Lunatic asylums Punjab 1868-1880 - 1868-1880
Year: 1868
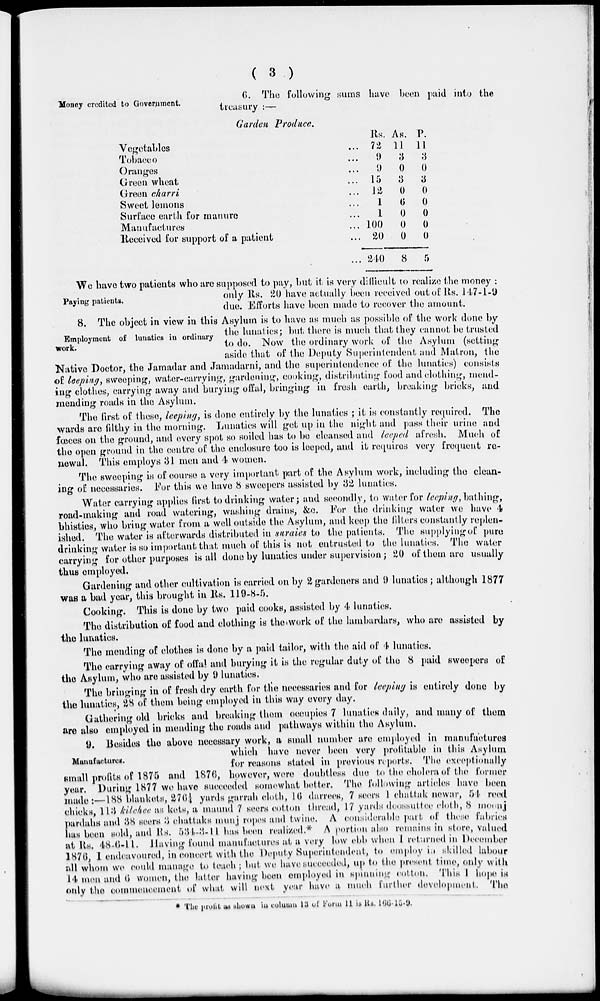
( 3 )
Money credited to Government.
6. The following sums have been paid into the
treasury :—
Garden Produce.
Vegetables ...
Tobacco ...
Oranges ...
Green wheat ...
Green charri ...
Sweet lemons ...
Surface earth for manure ...
Manufactures ...
Received for support of a patient ...
...
Rs.
72
9
9
15
12
1
1
100
20
240
As.
11
3
0
3
0
6
0
0
0
8
P.
11
3
0
3
0
0
0
0
0
5
Paying patients.
We have two patients who are supposed to pay, but it is very difficult to realize the money :
only Rs. 20 have actually been received out of Rs. 147-1-9
due. Efforts have been made to recover the amount.
Employment of lunatics in ordinary
work.
8. The object in view in this Asylum is to have as much as possible of the work done by
the lunatics; but there is much that they cannot be trusted
to do. Now the ordinary work of the Asylum (setting
aside that of the Deputy Superintendent and Matron, the
Native Doctor, the Jamadar and Jamadarni, and the superintendence of the lunatics) consists
of leeping, sweeping, water-carrying, gardening, cooking, distributing food and clothing, mend-
ing clothes, carrying away and burying offal, bringing in fresh earth, breaking bricks, and
mending roads in the Asylum.
The first of these, leeping, is done entirely by the lunatics ; it is constantly required. The
wards are filthy in the morning. Lunatics will get up in the night and pass their urine and
fœsces on the ground, and every spot so soiled has to be cleansed and leeped afresh. Much of
the open ground in the centre of the enclosure too is leeped, and it requires very frequent re-
newal. This employs 31 men and 4 women.
The sweeping is of course a very important part of the Asylum work, including the clean-
ing of necessaries. For this we have 8 sweepers assisted by 32 lunatics.
Water carrying applies first to drinking water; and secondly, to water for leeping, bathing,
road-making and road watering, washing drains, &c. For the drinking water we have 4
bhisties, who bring water from a well outside the Asylum, and keep the filters constantly replen-
ished. The water is afterwards distributed in suraies to the patients. The supplying of pure
drinking water is so important that much of this is not entrusted to the lunatics. The water
carrying for other purposes is all done by lunatics under supervision; 20 of them are usually
thus employed.
Gardening and other cultivation is carried on by 2 gardeners and 9 lunatics; although 1877
was a bad year, this brought in Rs. 119-8-5.
Cooking. This is done by two paid cooks, assisted by 4 lunatics.
The distribution of food and clothing is the work of the lambardars, who are assisted by
the lunatics.
The mending of clothes is done by a paid tailor, with the aid of 4 lunatics.
The carrying away of offal and burying it is the regular duty of the 8 paid sweepers of
the Asylum, who are assisted by 9 lunatics.
The bringing in of fresh dry earth for the necessaries and for leeping is entirely done by
the lunatics, 28 of them being employed in this way every day.
Gathering old bricks and breaking them occupies 7 lunatics daily, and many of them
are also employed in mending the roads and pathways within the Asylum.
Manufactures.
9. Besides the above necessary work, a small number are employed in manufactures
which have never been very profitable in this Asylum
for reasons stated in previous reports. The exceptionally
small profits of 1875 and 1876, however, were doubtless due to the cholera of the former
year, During 1877 we have succeeded somewhat better. The following articles have been
made:—188 blankets, 276¼ yards garrah cloth, 16 darrees, 7 seers 1 chattak newar, 54 reed
chicks, 113 kilchee as kets, a maund 7 seers cotton thread, 17 yards doossuttee cloth, 8 moonj
pardahs and 38 seers 3 chattaks munj ropes and twine. A considerable part of these fabrics
has been sold, and Rs. 534-3-11 has been realized.* A portion also remains in store, valued
at Rs. 48-6-11. Having found manufactures at a very low ebb when 1 returned in December
1876, 1 endeavoured, in concert with the Deputy Superintendent, to employ in skilled labour
all whom we could manage to teach; but we have succeeded, up to the present time, only with
14 men and 6 women, the latter having been employed in spinning cotton. This 1 hope is
only the commencement of what will next year have a much further development. The
* The profit as shown in column 13 of Form 11 is Rs.166-15-9.